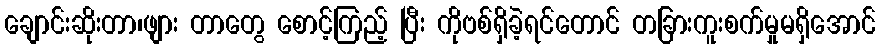
ချောင်းဆိုးတာ၊ဖျား တာတွေ စောင့်ကြည့် ပြီး ကိုဗစ်ရှိခဲ့ရင်တောင် တခြားကူးစက်မှုမရှိအောင်